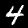
Label: 4